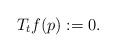
LaTeX: \begin{align*}T_t f(p) := 0.\end{align*}